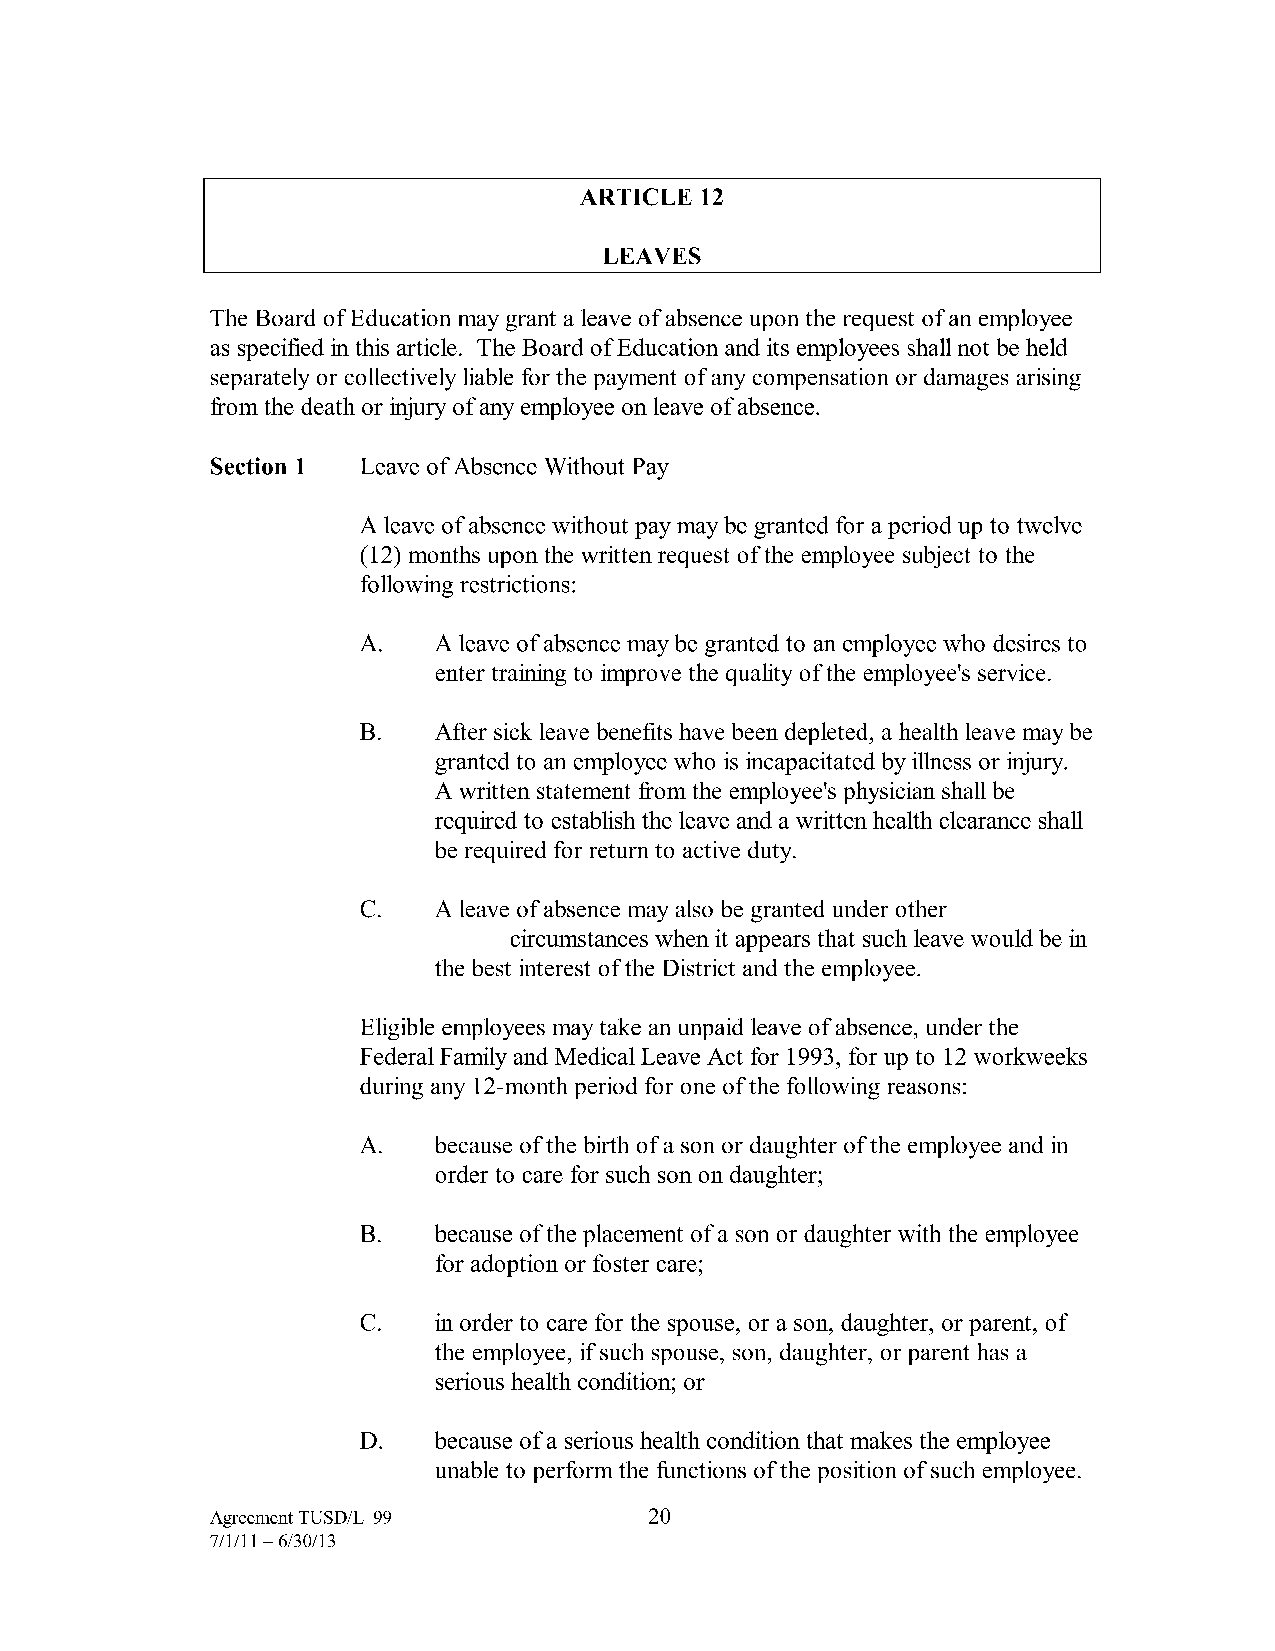
ARTICLE 12
 LEAVES
 The Board of Education may grant a leave of absence upon the request of an employee
 as specified in this article. The Board of Education and its employees shall not be held
 separately or collectively liable for the payment of any compensation or damages arising
 from the death or injury of any employee on leave of absence.
 Section 1 Leave of Absence Without Pay
 A leave of absence without pay may be granted for a period up to twelve
 (12) months upon the written request of the employee subject to the
 following restrictions:
 A.   A leave of absence may be granted to an employee who desires to
 enter training to improve the quality of the employee's service.
 B.   After sick leave benefits have been depleted, a health leave may be
 granted to an employee who is incapacitated by illness or injury.
 A written statement from the employee's physician shall be
 required to establish the leave and a written health clearance shall
 be required for return to active duty.
 C.   A leave of absence may also be granted under other
 circumstances when it appears that such leave would be in
 the best interest of the District and the employee.
 Eligible employees may take an unpaid leave of absence, under the
 Federal Family and Medical Leave Act for 1993, for up to 12 workweeks
 during any 12-month period for one of the following reasons:
 A.   because of the birth of a son or daughter of the employee and in
 order to care for such son on daughter;
 B.   because of the placement of a son or daughter with the employee
 for adoption or foster care;
 c.   in order to care for the spouse, or a son, daughter, or parent, of
 the employee, if such spouse, son, daughter, or parent has a
 serious health condition; or
 D.   because of a serious health condition that makes the employee
 unable to perform the functions of the position of such employee.
 Agreement TUSD/L-99          20
 7/1/11-6/30/13